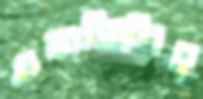
এনডিপির